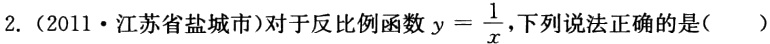
2.（2011·江苏省盐城市）对于反比例函数\(y = \frac{1}{x}\)，下列说法正确的是( )